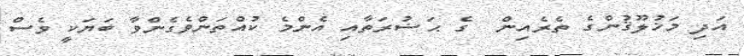
އަދި މަޚުލޫޤުންގެ ތެރެއިން  ގެ ޙަޟުރަތާއި އެންމެ ކުއްތަންވެގެންވާ ބަޔަކީ ވެސް